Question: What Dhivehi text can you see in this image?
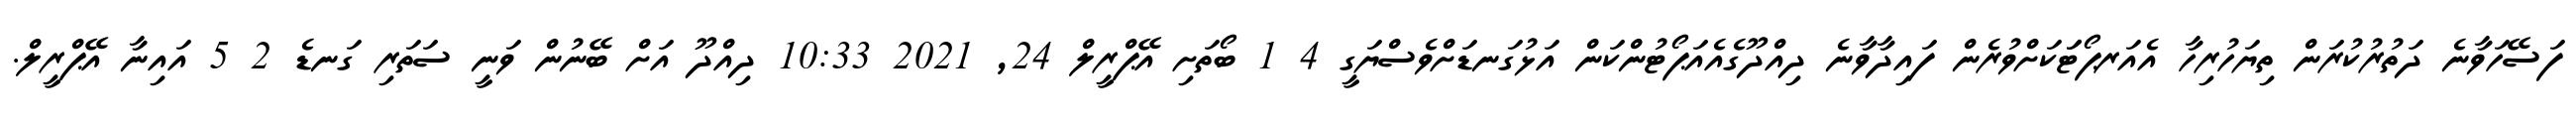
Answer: ފަސޭހަވާނެ ދަތުރުކުރަން ތިޔަހުރިހާ އެއަރޕޯޓަަކަށްވުރެން ފައިދާވާނެ ދިއްދޫގެއެއަޕޯޓުންކަން އަޅުގަނޑަށްވެސްޔަގީ 4 1 ބޯތަށި އޭޕްރީލް 24, 2021 10:33 ދިއްދޫ އަށް ބޭނުން ވަނީ ސަތަރި ގަނޑެ 2 5 އައިނާ އޭޕްރީލް.